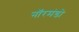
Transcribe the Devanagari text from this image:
नॉरमंडो